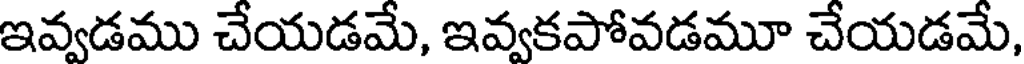
ఇవ్వడము చేయడమే, ఇవ్వకపోవడమూ చేయడమే,